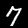
Label: 7